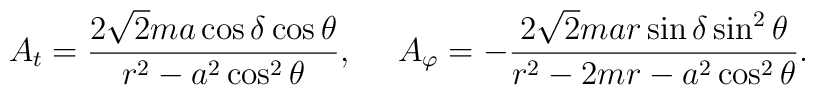
A_t={{2\sqrt{2}ma\cos\delta\cos\theta}\over{r^2-a^2\cos^2\theta}},\ \ \ \ A_{\varphi}=-{{2\sqrt{2}mar\sin\delta\sin^2\theta}\over{r^2-2mr-a^2\cos^2\theta}}.